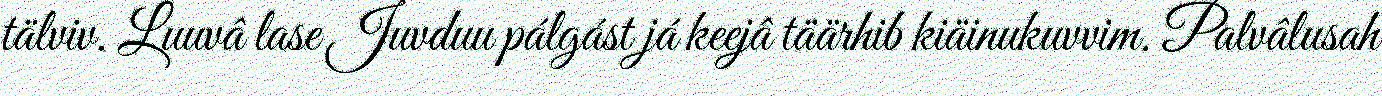
tälviv. Luuvâ lase Juvduu pálgást já keejâ täärhib kiäinukuvvim. Palvâlusah